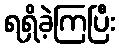
ရရှိခဲ့ကြပြီး